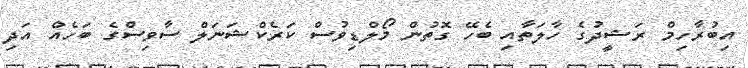
އިބުރާހިމް ރަޝީދުގެ ހާލަތާއި ބެހޭ ގޮތުން މޯލްޑިވުސް ކަރެކްޝަނަލް ސާވިސްގެ ބަހެއް އަދި